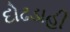
દોઢડાહી